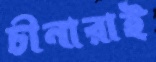
চীনারাই